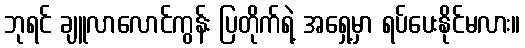
ဘုရင် ချူလာလောင်ကွန်း ပြတိုက်ရဲ့ အရှေ့မှာ ရပ်ပေးနိုင်မလား။